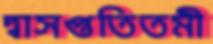
দ্বাসপ্ততিতমী